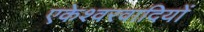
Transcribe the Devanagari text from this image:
एकेश्वरवादियों